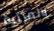
بالمرتبة